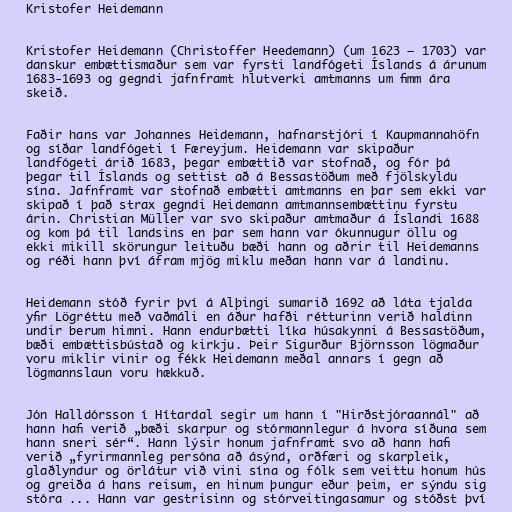
Kristofer Heidemann

Kristofer Heidemann (Christoffer Heedemann) (um 1623 – 1703) var
danskur embættismaður sem var fyrsti landfógeti Íslands á árunum
1683-1693 og gegndi jafnframt hlutverki amtmanns um fimm ára
skeið.

Faðir hans var Johannes Heidemann, hafnarstjóri í Kaupmannahöfn
og síðar landfógeti í Færeyjum. Heidemann var skipaður
landfógeti árið 1683, þegar embættið var stofnað, og fór þá
þegar til Íslands og settist að á Bessastöðum með fjölskyldu
sína. Jafnframt var stofnað embætti amtmanns en þar sem ekki var
skipað í það strax gegndi Heidemann amtmannsembættinu fyrstu
árin. Christian Müller var svo skipaður amtmaður á Íslandi 1688
og kom þá til landsins en þar sem hann var ókunnugur öllu og
ekki mikill skörungur leituðu bæði hann og aðrir til Heidemanns
og réði hann því áfram mjög miklu meðan hann var á landinu.

Heidemann stóð fyrir því á Alþingi sumarið 1692 að láta tjalda
yfir Lögréttu með vaðmáli en áður hafði rétturinn verið haldinn
undir berum himni. Hann endurbætti líka húsakynni á Bessastöðum,
bæði embættisbústað og kirkju. Þeir Sigurður Björnsson lögmaður
voru miklir vinir og fékk Heidemann meðal annars í gegn að
lögmannslaun voru hækkuð.

Jón Halldórsson í Hítardal segir um hann í "Hirðstjóraannál" að
hann hafi verið „bæði skarpur og stórmannlegur á hvora síðuna sem
hann sneri sér“. Hann lýsir honum jafnframt svo að hann hafi
verið „fyrirmannleg persóna að ásýnd, orðfæri og skarpleik,
glaðlyndur og örlátur við vini sína og fólk sem veittu honum hús
og greiða á hans reisum, en hinum þungur eður þeim, er sýndu sig
stóra ... Hann var gestrisinn og stórveitingasamur og stóðst því